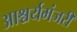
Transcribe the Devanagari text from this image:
आश्चर्यमंजरी